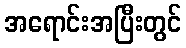
အရောင်းအပြီးတွင်